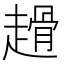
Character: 𧽌